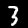
Digit: 3